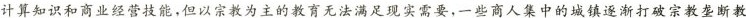
计算知识和商业经营技能，但以宗教为主的教育无法满足现实需要，一些商人集中的城镇逐渐打破宗教垄断教